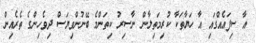
އާ ސިފައެއްގައި އާ ހަޔާތަކާ ކުރިމަތިލާން ނާސިރު ކިތަންމެ ބޭނުންވިޔަސް ދިވެހިންގެ ތެރެއިން